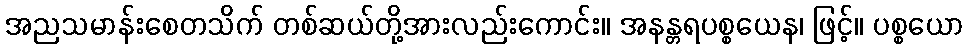
အညသမာန်းစေတသိက် တစ်ဆယ်တို့အားလည်းကောင်း။ အနန္တရပစ္စယေန၊ ဖြင့်။ ပစ္စယော